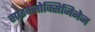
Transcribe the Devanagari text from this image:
साइक्लोक्सिजिनेज